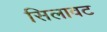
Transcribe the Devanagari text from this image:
सिलावट